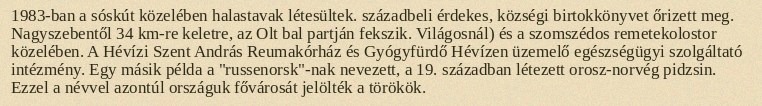
1983-ban a sóskút közelében halastavak létesültek. századbeli érdekes, községi birtokkönyvet őrizett meg. Nagyszebentől 34 km-re keletre, az Olt bal partján fekszik. Világosnál) és a szomszédos remetekolostor közelében. A Hévízi Szent András Reumakórház és Gyógyfürdő Hévízen üzemelő egészségügyi szolgáltató intézmény. Egy másik példa a "russenorsk"-nak nevezett, a 19. században létezett orosz-norvég pidzsin. Ezzel a névvel azontúl országuk fővárosát jelölték a törökök.